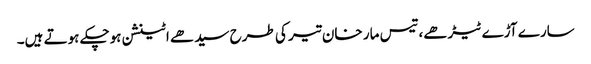
سارے آڑے ٹیڑھے، تیس مار خان تیر کی طرح سیدھے اٹینشن ہوچکے ہوتے ہیں۔